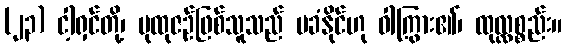
(၂၃) ငါ့ရှင်တို့၊ ပုထုဇဉ်ဖြစ်သူသည် မခံနိုင်ဟု ဝါကြွား၏၊ ထုလ္လစ္စည်း။